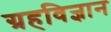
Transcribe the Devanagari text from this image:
ग्रहविज्ञान